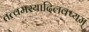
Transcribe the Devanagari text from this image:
तत्वमस्यादिलक्ष्यम्‌